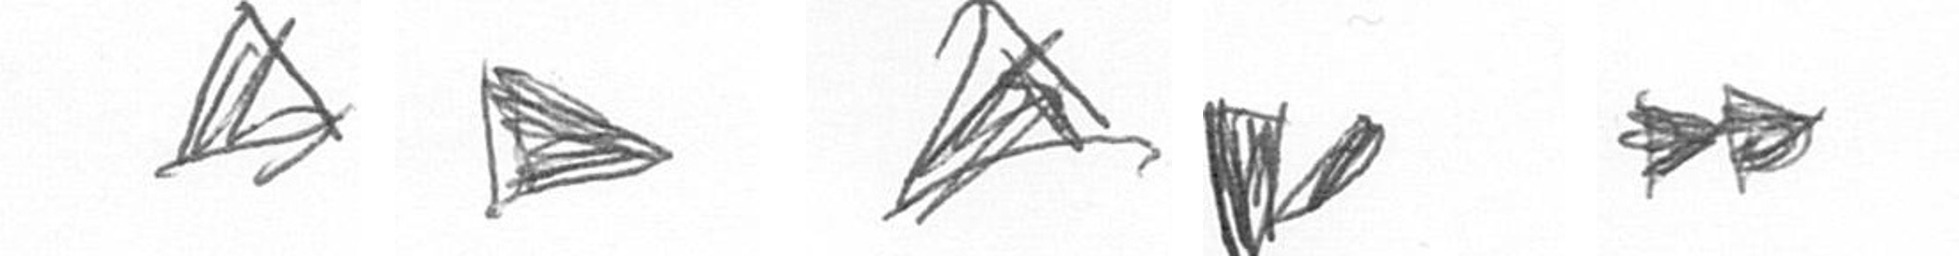
O T O F A